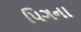
પિગના